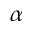
\alpha